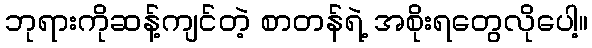
ဘုရားကိုဆန့်ကျင်တဲ့ စာတန်ရဲ့ အစိုးရတွေလိုပေါ့။